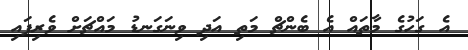
އެ ގަހުގެ މާތައް އެ ބެންޗް މަތި އަދި ވިނަގަނޑު މައްޗަށް ވެރިފައި